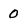
Character: 0